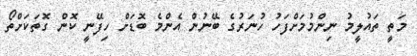
މަތީ ތައުލީމު ނިންމުމަށްފަހު ހުނަރުގެ ބޭނުން އެންމެ ބޮޑަށް ހިފޭނީ ކޮން ގޮތަކަށްތޯ